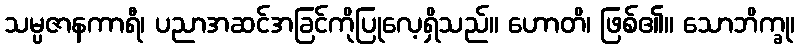
သမ္ပဇာနကာရီ၊ ပညာအဆင်အခြင်ကိုပြုလေ့ရှိသည်။ ဟောတိ၊ ဖြစ်၏။ သောဘိက္ခု၊